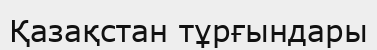
Қазақстан тұрғындары